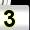
Digit: 3